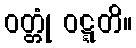
ဝတ္တုံ ဝဋ္ဋတိ။